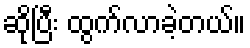
ဆိုပြီး ထွက်လာခဲ့တယ်။